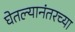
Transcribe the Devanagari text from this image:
घेतल्यानंतरच्या